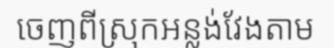
ចេញពីស្រុកអន្លង់វែងតាម